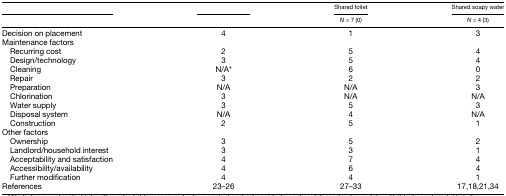
<table><thead><tr><td>[EMPTY_CELL]</td><td>[EMPTY_CELL]</td><td><b>Shared toilet</b></td><td><b>Shared soapy water</b></td></tr><tr><td>[EMPTY_CELL]</td><td>[EMPTY_CELL]</td><td><b><i>N</i> = 7 (0)</b></td><td><b><i>N</i> = 4 (3)</b></td></tr></thead><tbody><tr><td>Decision on placement</td><td>4</td><td>1</td><td>3</td></tr><tr><td colspan="4">Maintenance factors</td></tr><tr><td> Recurring cost</td><td>2</td><td>5</td><td>4</td></tr><tr><td> Design/technology</td><td>3</td><td>5</td><td>4</td></tr><tr><td> Cleaning</td><td>N/A*</td><td>6</td><td>0</td></tr><tr><td> Repair</td><td>3</td><td>2</td><td>2</td></tr><tr><td> Preparation</td><td>N/A</td><td>N/A</td><td>3</td></tr><tr><td> Chlorination</td><td>3</td><td>N/A</td><td>N/A</td></tr><tr><td> Water supply</td><td>3</td><td>5</td><td>3</td></tr><tr><td> Disposal system</td><td>N/A</td><td>4</td><td>N/A</td></tr><tr><td> Construction</td><td>2</td><td>5</td><td>1</td></tr><tr><td colspan="4">Other factors</td></tr><tr><td> Ownership</td><td>3</td><td>5</td><td>2</td></tr><tr><td> Landlord/household interest</td><td>3</td><td>3</td><td>1</td></tr><tr><td> Acceptability and satisfaction</td><td>4</td><td>7</td><td>4</td></tr><tr><td> Accessibility/availability</td><td>4</td><td>6</td><td>4</td></tr><tr><td> Further modification</td><td>4</td><td>4</td><td>1</td></tr><tr><td>References</td><td>23–26</td><td>27–33</td><td>17,18,21,34</td></tr></tbody></table>